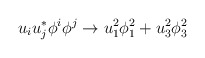
\begin{align*}u_iu_j^* \phi^i\phi^j \rightarrow u_1^2\phi^2_1+u_3^2\phi_3^2\end{align*}